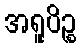
အရူပိဉ္စ